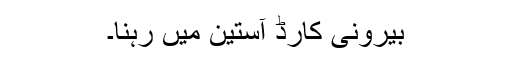
بیرونی کارڈ آستین میں رہنا۔